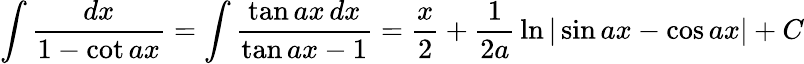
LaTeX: \int{\frac{dx}{1-\cot ax}}=\int{\frac{\tan ax\, dx}{\tan ax-1}}={\frac{x}{2}}+{\frac{1}{2a}}\ln|\sin ax-\cos ax|+C